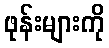
ဖုန်းများကို